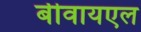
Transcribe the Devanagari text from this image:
बीवायएल